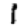
Digit: 1